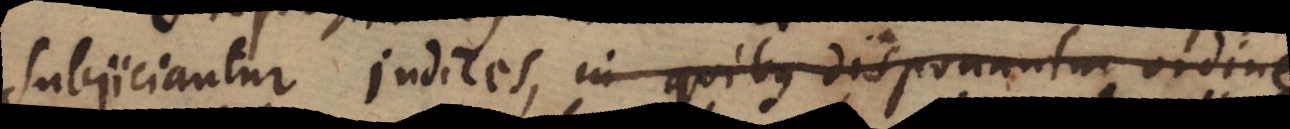
subjiciantur Indices, in quibus disponantur ordine